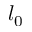
l _ { 0 }